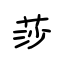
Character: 莎